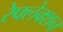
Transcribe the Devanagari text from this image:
रेफ्लेक्शन